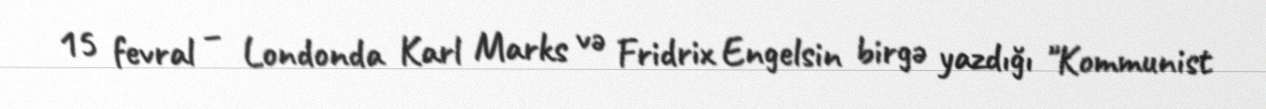
15 fevral – Londonda Karl Marks və Fridrix Engelsin birgə yazdığı "Kommunist